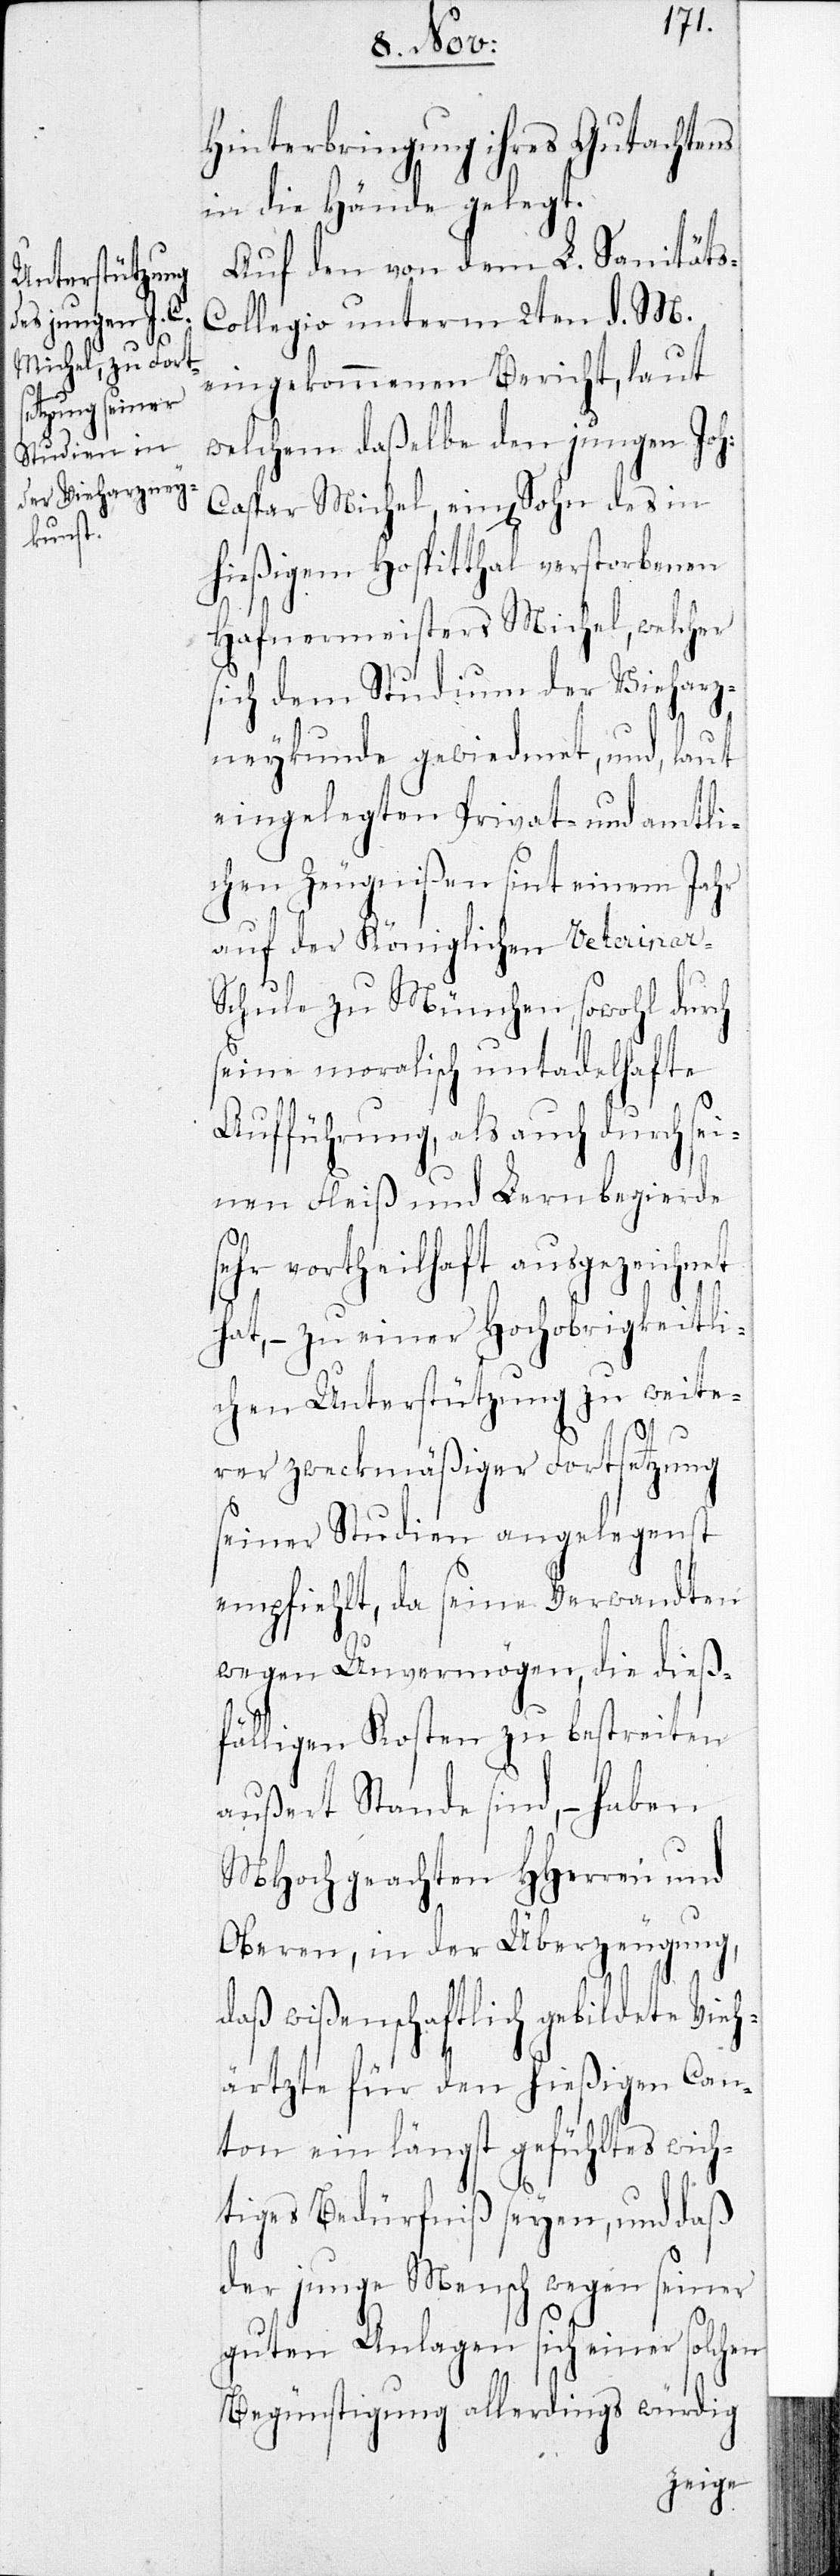
Hinterbringung ihres Gutachtens
in die Hände gelegt.
Auf den von dem L. Sanitäts-C¬
ollegio unterm 2ten d. M.
eingekommenen Bericht, laut
welchem daßelbe den jungen Joh.
Caspar Michel, einen Sohn des in
hießigem Hospitthal verstorbenen
Hafnermeisters Michel, welcher
sich dem Studium der Vieharz¬
neykunde gewiedmet, und, laut
eingelegtem Privat- und amtli¬
chen Zeugnißen seit einem Jahr
auf der Königlichen Veterinar-S¬
chule zu München, sowohl durch
seine moralisch untadelhafte
Aufführung, als auch durch sei¬
nen Fleiß und Lernbegierde
sehr vortheilhaft ausgezeichnet
hat, – zu einer Hochobrigkeitli¬
chen Unterstützung zu weite¬
rer zweckmäßiger Fortsetzung
seiner Studien angelegenst
empfiehlt, da seine Verwandten
wegen Unvermögen, die dieß¬
fälligen Kosten zu bestreiten
außert Stande sind, – haben
MHochgeachten HHerren und
Oberen, in der Überzeugung,
daß wißenschaftlich gebildete Vieh¬
ärtzte für den hießigen Can¬
ton ein längst gefühltes wich¬
tiges Bedürfniß seyen, und daß
der junge Mensch wegen seiner
guten Anlagen sich einer solchen
Begünstigung allerdings würdig